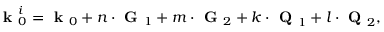
\textbf { k } _ { 0 } ^ { i } = \textbf { k } _ { 0 } + n \cdot \textbf { G } _ { 1 } + m \cdot \textbf { G } _ { 2 } + k \cdot \textbf { Q } _ { 1 } + l \cdot \textbf { Q } _ { 2 } ,